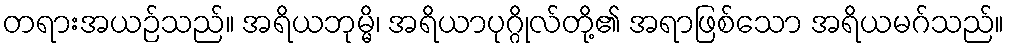
တရားအယဉ်သည်။ အရိယဘုမ္မိ၊ အရိယာပုဂ္ဂိုလ်တို့၏ အရာဖြစ်သော အရိယမဂ်သည်။